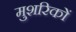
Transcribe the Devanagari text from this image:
मुशरिकों